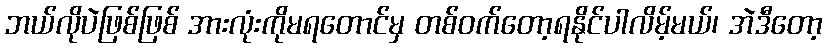
ဘယ်လိုပဲဖြစ်ဖြစ် အားလုံးကိုမရတောင်မှ တစ်ဝက်တော့ရနိုင်ပါလိမ့်မယ်၊ အဲဒီတော့